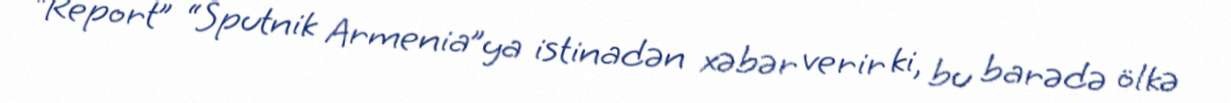
“Report” “Sputnik Armenia”ya istinadən xəbər verir ki, bu barədə ölkə